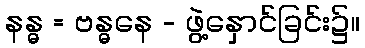
နန္ဓ = ဗန္ဓနေ - ဖွဲ့နှောင်ခြင်း၌။